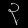
Digit: ၃